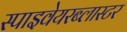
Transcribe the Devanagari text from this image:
स्पाइवेयरब्लास्टर